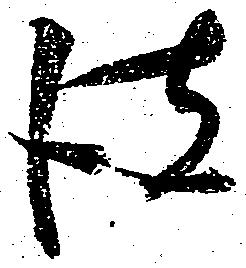
彼